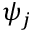
\psi _ { j }